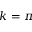
k = \pi